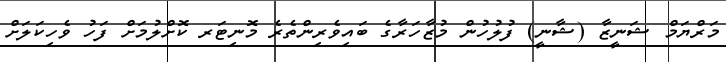
މަރްޔަމް ޝަނީޒާ (ޝާނީ) ފުލުހުން މުޒާހަރާގެ ބައިވެރިންތެރެ މޮނިޓަރ ކޮށްލުމަށް ފަހު ވެހިކަލަށް